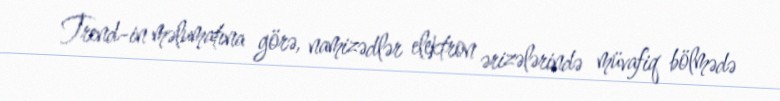
Trend-in məlumatına görə, namizədlər elektron ərizələrində müvafiq bölmədə